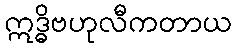
ဣဒ္ဓိဗဟုလီကတာယ